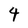
Character: 4